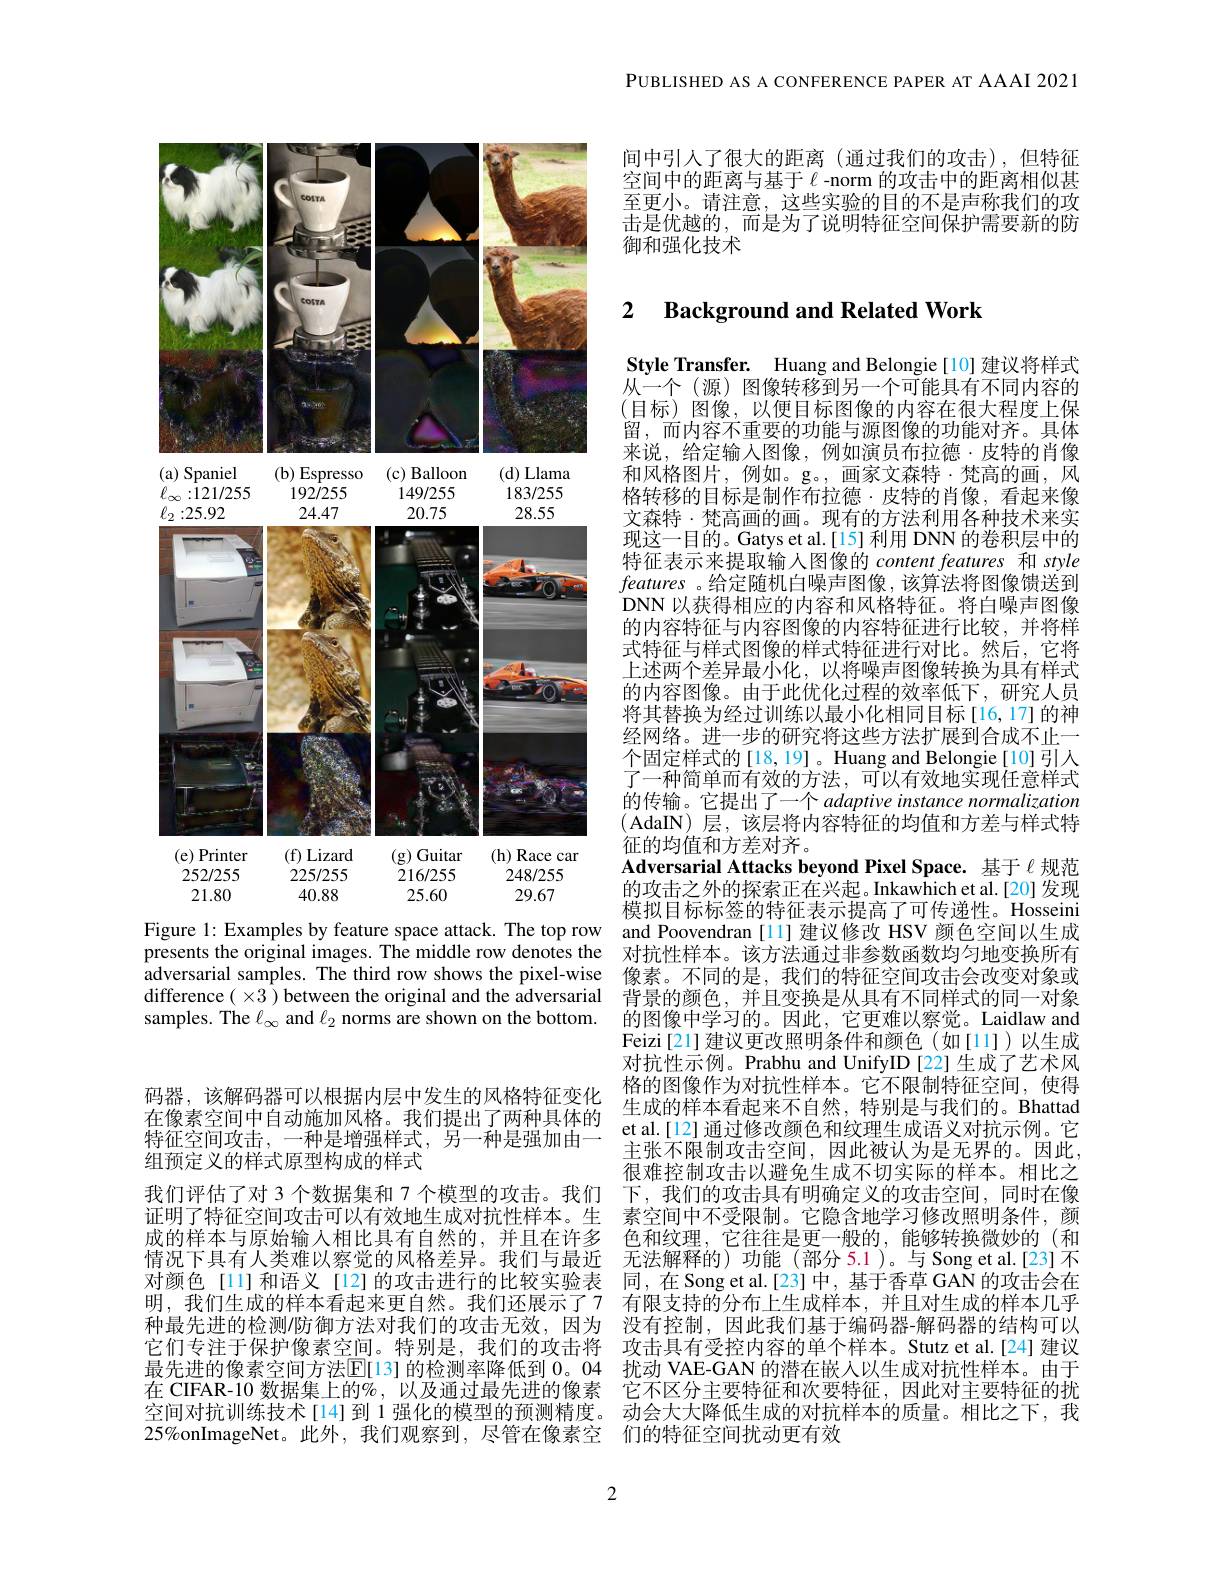
PUBLISHED AS A CONFERENCE PAPER AT AAAI 2021

<FigureHere>
Figure 1: Examples by feature space attack. The top row and Poovendran [11] 建议修改 HSV 颜色空间以生成

samples. The $\ell_\infty$ and $\ell_2$ norms are shown on the bottom.

间中引人了很大的距离(通过我们的攻击),但特征空间中的距离与基于$\ell$ -norm 的攻击中的距离相似甚至更小。请注意，这些实验的目的不是声称我们的攻击是优越的，而是为了说明特征空间保护需要新的防御和强化技术

## 2 $\textbf{Background and Related Work}$

Style Transfer. Huang and Belongie[10] 建议将样式从一个(源) 图像转移到另一个可能具有不同内容的(目标)图像，以便目标图像的内容在很大程度上保留，而内容不重要的功能与源图像的功能对齐。具体来说，给定输入图像，例如演员布拉德·皮特的肖像和风格图片，例如。g。,画家文森特·梵高的画，风格转移的目标是制作布拉德·皮特的肖像，看起来像文森特·梵高画的画。现有的方法利用各种技术来实现这一目的。Gatys et al.[15] 利用 DNN 的卷积层中的特征表示来提取输人图像的 content features 和 style features 。给定随机白噪声图像，该算法将图像馈送到DNN 以获得相应的内容和风格特征。将白噪声图像的内容特征与内容图像的内容特征进行比较，并将样式特征与样式图像的样式特征进行对比。然后，它将上述两个差异最小化，以将噪声图像转换为具有样式的内容图像。由于此优化过程的效率低下，研究人员将其替换为经过训练以最小化相同目标[16,17]的神经网络。进一步的研究将这些方法扩展到合成不止一个固定样式的[18,19]。Huang and Belongie[10]引人了一种简单而有效的方法，可以有效地实现任意样式的传输。它提出了一个 adaptive instance normalization (AdaIN)层，该层将内容特征的均值和方差与样式特征的均值和方差对齐。
Adversarial Attacks beyond Pixel Space. 基于$\ell$规范的攻击之外的探索正在兴起。Inkawhich et al.[20] 发现模拟目标标签的特征表示提高了可传递性。Hosseini
presents the original images. The middle row denotes the 对抗性样本。该方法通过非参数函数均匀地变换所有adversarial samples. The third row shows the pixel-wise 像素。不同的是，我们的特征空间攻击会改变对象或difference( $\times3$ )between the original and the adversarial 背景的颜色，并且变换是从具有不同样式的同一对象
的图像中学习的。因此，它更难以察觉。Laidlaw and Feizi[21]建议更改照明条件和颜色(如[11])以生成对抗性示例。Prabhu and UnifyID [22] 生成了艺术风格的图像作为对抗性样本。它不限制特征空间，使得生成的样本看起来不自然，特别是与我们的。Bhattad
很难控制攻击以避免生成不切实际的样本。相比之下，我们的攻击具有明确定义的攻击空间，同时在像素空间中不受限制。它隐含地学习修改照明条件，颜
成的样本与原始输入相比具有自然的，并且在许多 色和纹理，它往往是更一般的，能够转换微妙的(和情况下具有人类难以察觉的风格差异。我们与最近 无法解释的)功能(部分5.1)。与 Song et al.[23]不对颜色[11]和语义[12]的攻击进行的比较实验表 同，在 Song et al.[23]中，基于香草 GAN 的攻击会在
有限支持的分布上生成样本，并且对生成的样本几乎没有控制，因此我们基于编码器-解码器的结构可以
它们专注于保护像素空间。特别是，我们的攻击将 攻击具有受控内容的单个样本。Stutzet al.[24]建议最先进的像素空间方法$\overline{\mathbb{E}}[13]$ 的检测率降低到 0。04 扰动 VAE-GAN 的潜在嵌人以生成对抗性样本。由于
它不区分主要特征和次要特征，因此对主要特征的扰动会大大降低生成的对抗样本的质量。相比之下，我
$25\%$onImageNet。此外，我们观察到，尽管在像素空 们的特征空间扰动更有效

码器，该解码器可以根据内层中发生的风格特征变化
组预定义的样式原型构成的样式
我们评估了对 3 个数据集和 7 个模型的攻击。我们证明了特征空间攻击可以有效地生成对抗性样本。生明，我们生成的样本看起来更自然。我们还展示了7种最先进的检测/防御方法对我们的攻击无效，因为在 CIFAR-10 数据集上的%,以及通过最先进的像素空间对抗训练技术[14]到 1 强化的模型的预测精度。

2